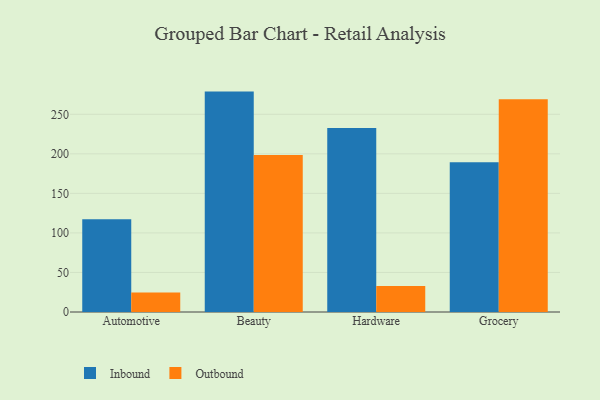
{"axis": {"x": "Category", "y": "Population (Million)"}, "legend": ["Inbound", "Outbound"], "data": [{"x": "Automotive", "y": 117.3, "type": "Inbound"}, {"x": "Automotive", "y": 24.6, "type": "Outbound"}, {"x": "Beauty", "y": 278.7, "type": "Inbound"}, {"x": "Beauty", "y": 198.5, "type": "Outbound"}, {"x": "Hardware", "y": 232.6, "type": "Inbound"}, {"x": "Hardware", "y": 32.9, "type": "Outbound"}, {"x": "Grocery", "y": 189.3, "type": "Inbound"}, {"x": "Grocery", "y": 269.0, "type": "Outbound"}]}